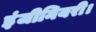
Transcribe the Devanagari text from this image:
इंजीनियरी।